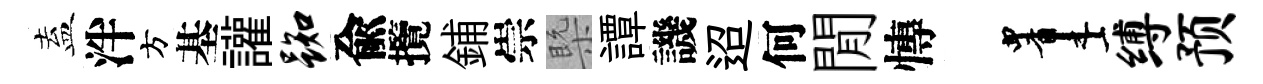
盍泮方基讙踟兪攬鋪崇槩譚譏迢何閒慱画缚预